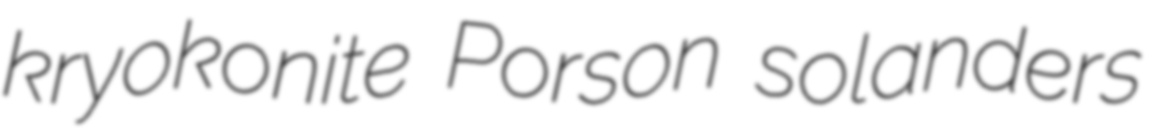
kryokonite Porson solanders